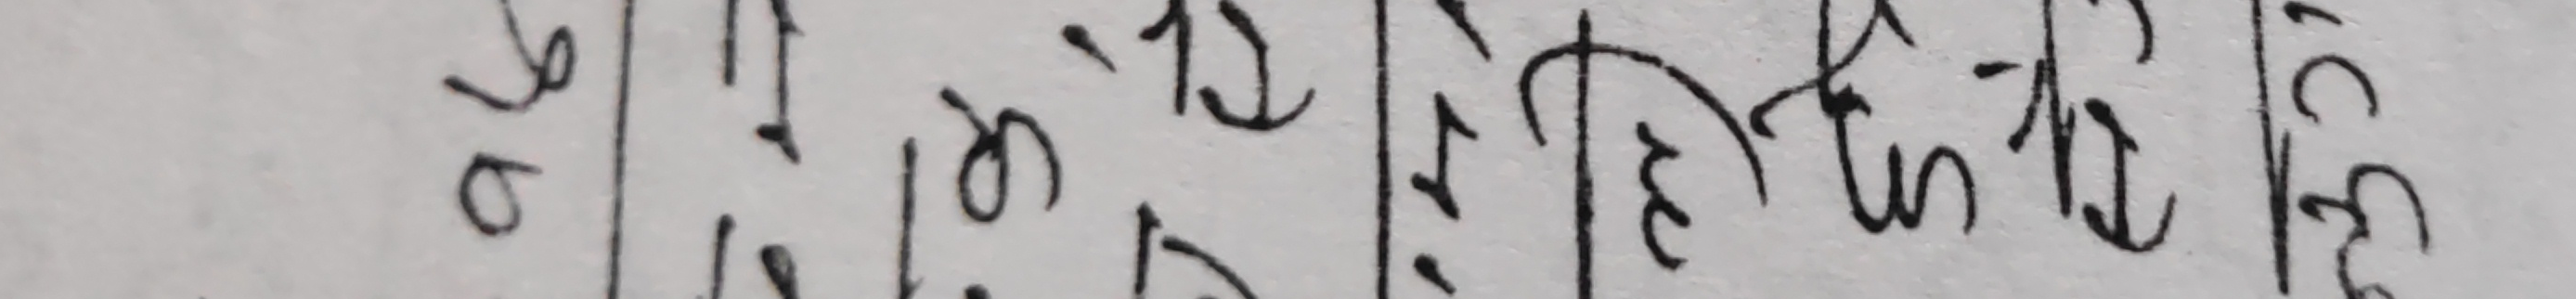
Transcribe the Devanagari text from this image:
१० १७ १२ ११ १९ १८ १५ २० १३ १४ १६ २१ २२ २३